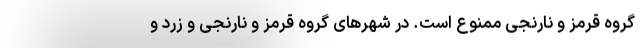
گروه قرمز و نارنجی ممنوع است. در شهرهای گروه قرمز و نارنجی و زرد و